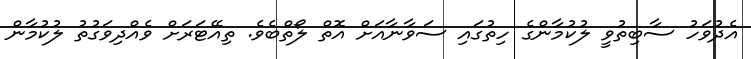
އެދުވަހު ސާބިތުވީ ލުކުމާންގެ ހިތުގައި ސަވާނާއަށް އޮތް ލޯތްބެވެ. ތިއޭޓަރަށް ވެއްދިވަގުތު ލުކުމާން